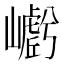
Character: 𭗩